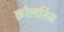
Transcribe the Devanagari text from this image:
क़ोलरिज